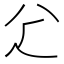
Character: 𠔇